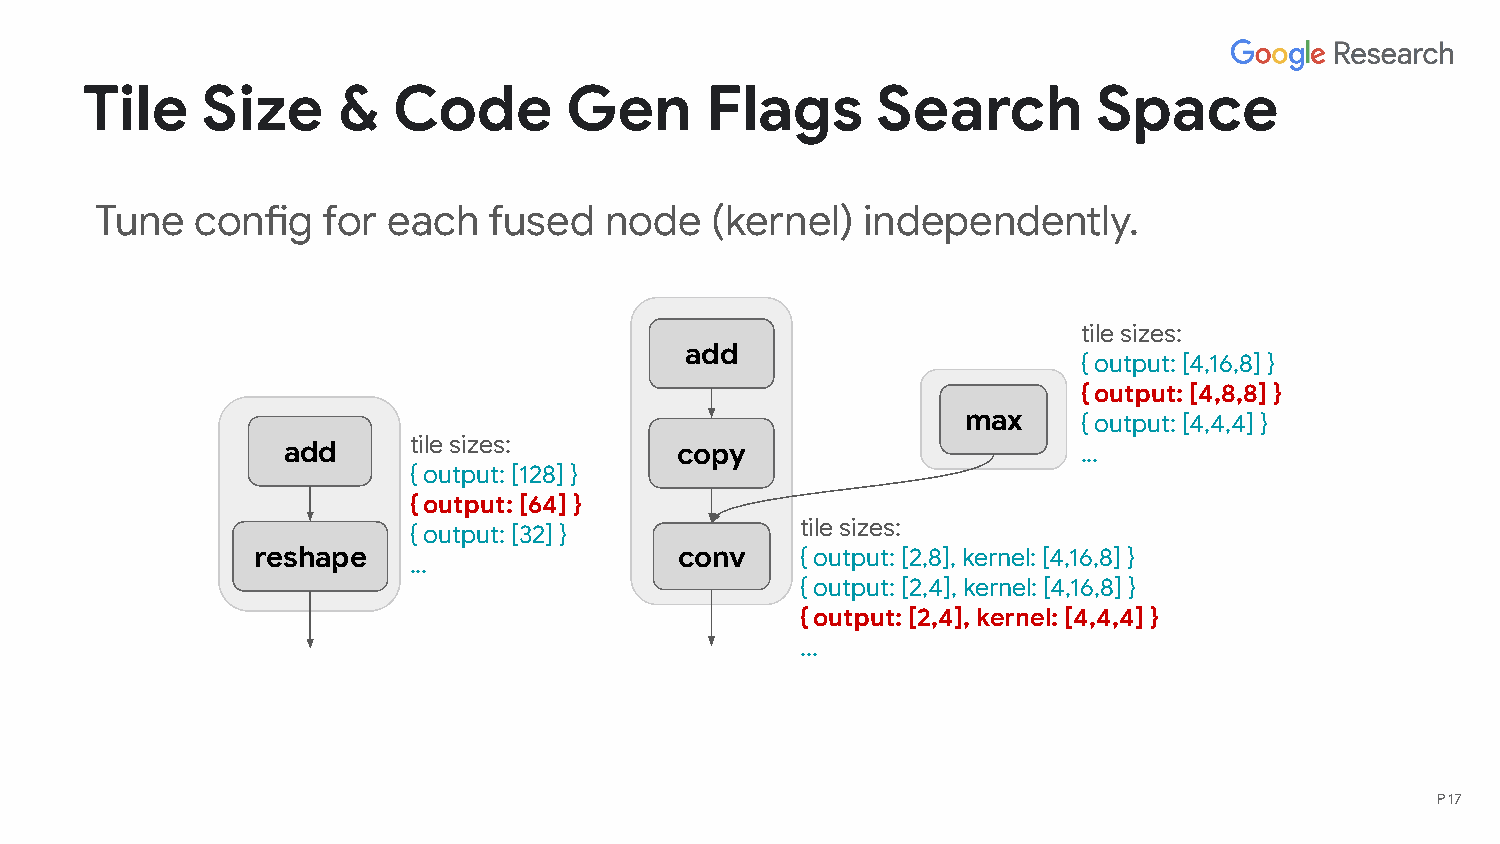
Tile    Size     &   Code       Gen       Flags      Search         Space
 Tune   config  for  each  fused   node   (kernel)  independently.
 tile sizes:
 add
 { output: [4,16,8] }
 { output: [4,8,8] }
 max     { output: [4,4,4] }
 tile sizes:
 add                       copy                       ...
 { output: [128] }
 { output: [64] }
 tile sizes:
 { output: [32] }
 reshape                     conv    { output: [2,8], kernel: [4,16,8] }
 ...
 { output: [2,4], kernel: [4,16,8] }
 { output: [2,4], kernel: [4,4,4] }
 ...
 P 17